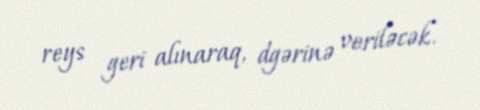
reys geri alınaraq, dgərinə veriləcək.